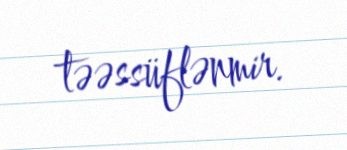
təəssüflənmir.